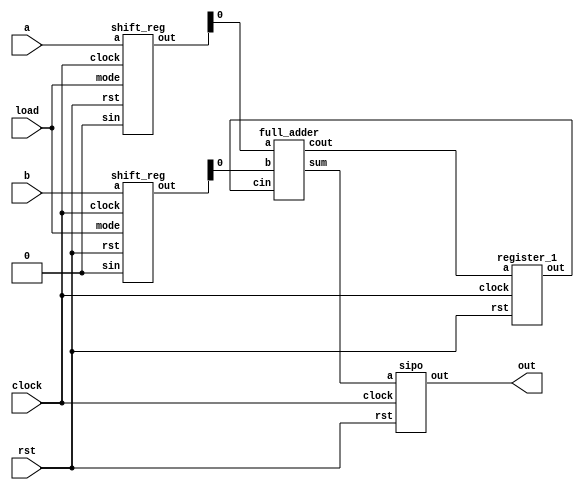
`timescale 1ns / 1ps

//8bit serial adder
module serial_adder(input rst, clock, load, input [7:0] a,b, output [7:0] out);
wire [7:0] a_in, b_in;
wire cout,cin, s;

shift_reg a1(rst, clock, load, 1'b0, a, a_in);
shift_reg a2(rst, clock, load, 1'b0, b, b_in);
register_1 a3(rst, clock, cout, cin);
full_adder a4(a_in[0], b_in[0], cin, sum, cout);
sipo a5(sum, rst, clock, out);
endmodule

//8bit serial in, parallel out register
//right shift register
module sipo(input a, rst, clock, output reg[7:0] out);
always @(posedge clock) begin
if (rst)
out <= 8'b0;
else
 out <= {a, out[7:1]}; //right shifting with input a at msb
end
endmodule


//parallel in, serial out 8bit right shift register
module shift_reg(input rst, clock, mode, sin, input [7:0] a, output reg [7:0] out);
always @(posedge clock) begin
if (rst)
out <= 8'b0;
else if (mode)  //if mode is 1, parallel output (no shifting)
out <= a;
else
out <= {sin, a[7:1]};
end
endmodule

//1bit register (for cin and cout in full adder)
module register_1(input rst, clock, a, output reg out);
always @(posedge clock)
if (rst)
out <= 1'b0;
else
out <= a;
endmodule

//1bit full adder
module full_adder(input a, b, cin, output sum, cout);
assign cout = a&b | b&cin | cin&a;
assign sum = a ^ b ^ cin;
endmodule